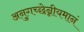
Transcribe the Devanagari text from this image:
अनुगच्छेन्नीयमानं